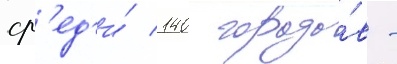
ср'ед'и́ 140 городо́в -